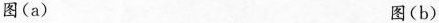
图(a) 图(b)